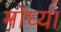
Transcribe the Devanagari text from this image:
मोघ्या